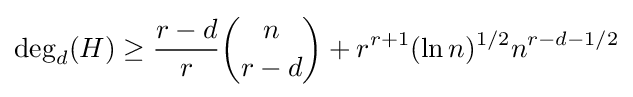
\deg _{d}(H)\geq {\frac {r-d}{r}}{\binom {n}{r-d}}+r^{r+1}(\ln {n})^{1/2}n^{r-d-1/2}